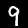
Digit: 9